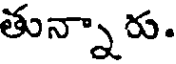
తున్నారు.